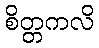
စိတ္တကလိ